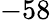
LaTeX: -58